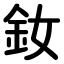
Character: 釹